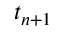
t _ { n + 1 }